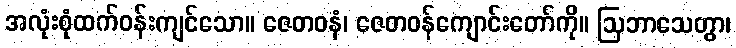
အလုံးစုံထက်ဝန်းကျင်သော။ ဇေတဝနံ၊ ဇေတဝန်ကျောင်းတော်ကို။ ဩဘာသေတွာ၊